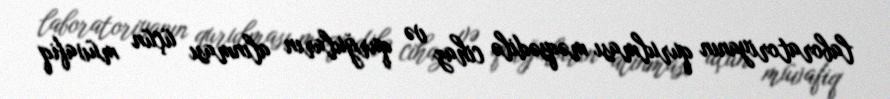
laboratoriyanın qurulması məqsədilə cihaz və qurğuların alınması üçün müvafiq